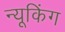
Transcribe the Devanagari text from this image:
न्यूकिंग